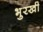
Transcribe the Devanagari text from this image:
भुरखी